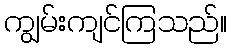
ကျွမ်းကျင်ကြသည်။